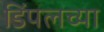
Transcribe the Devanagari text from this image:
डिंपलच्या